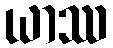
ယာဿ